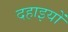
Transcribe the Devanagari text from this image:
दहाइयों